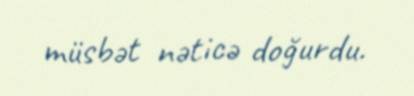
müsbət nəticə doğurdu.